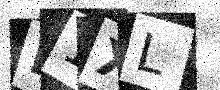
Text: B1XL